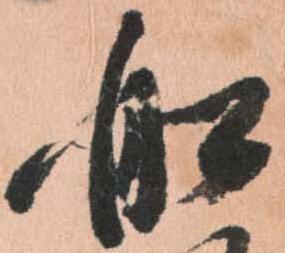
船